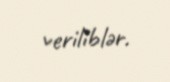
veriliblər.